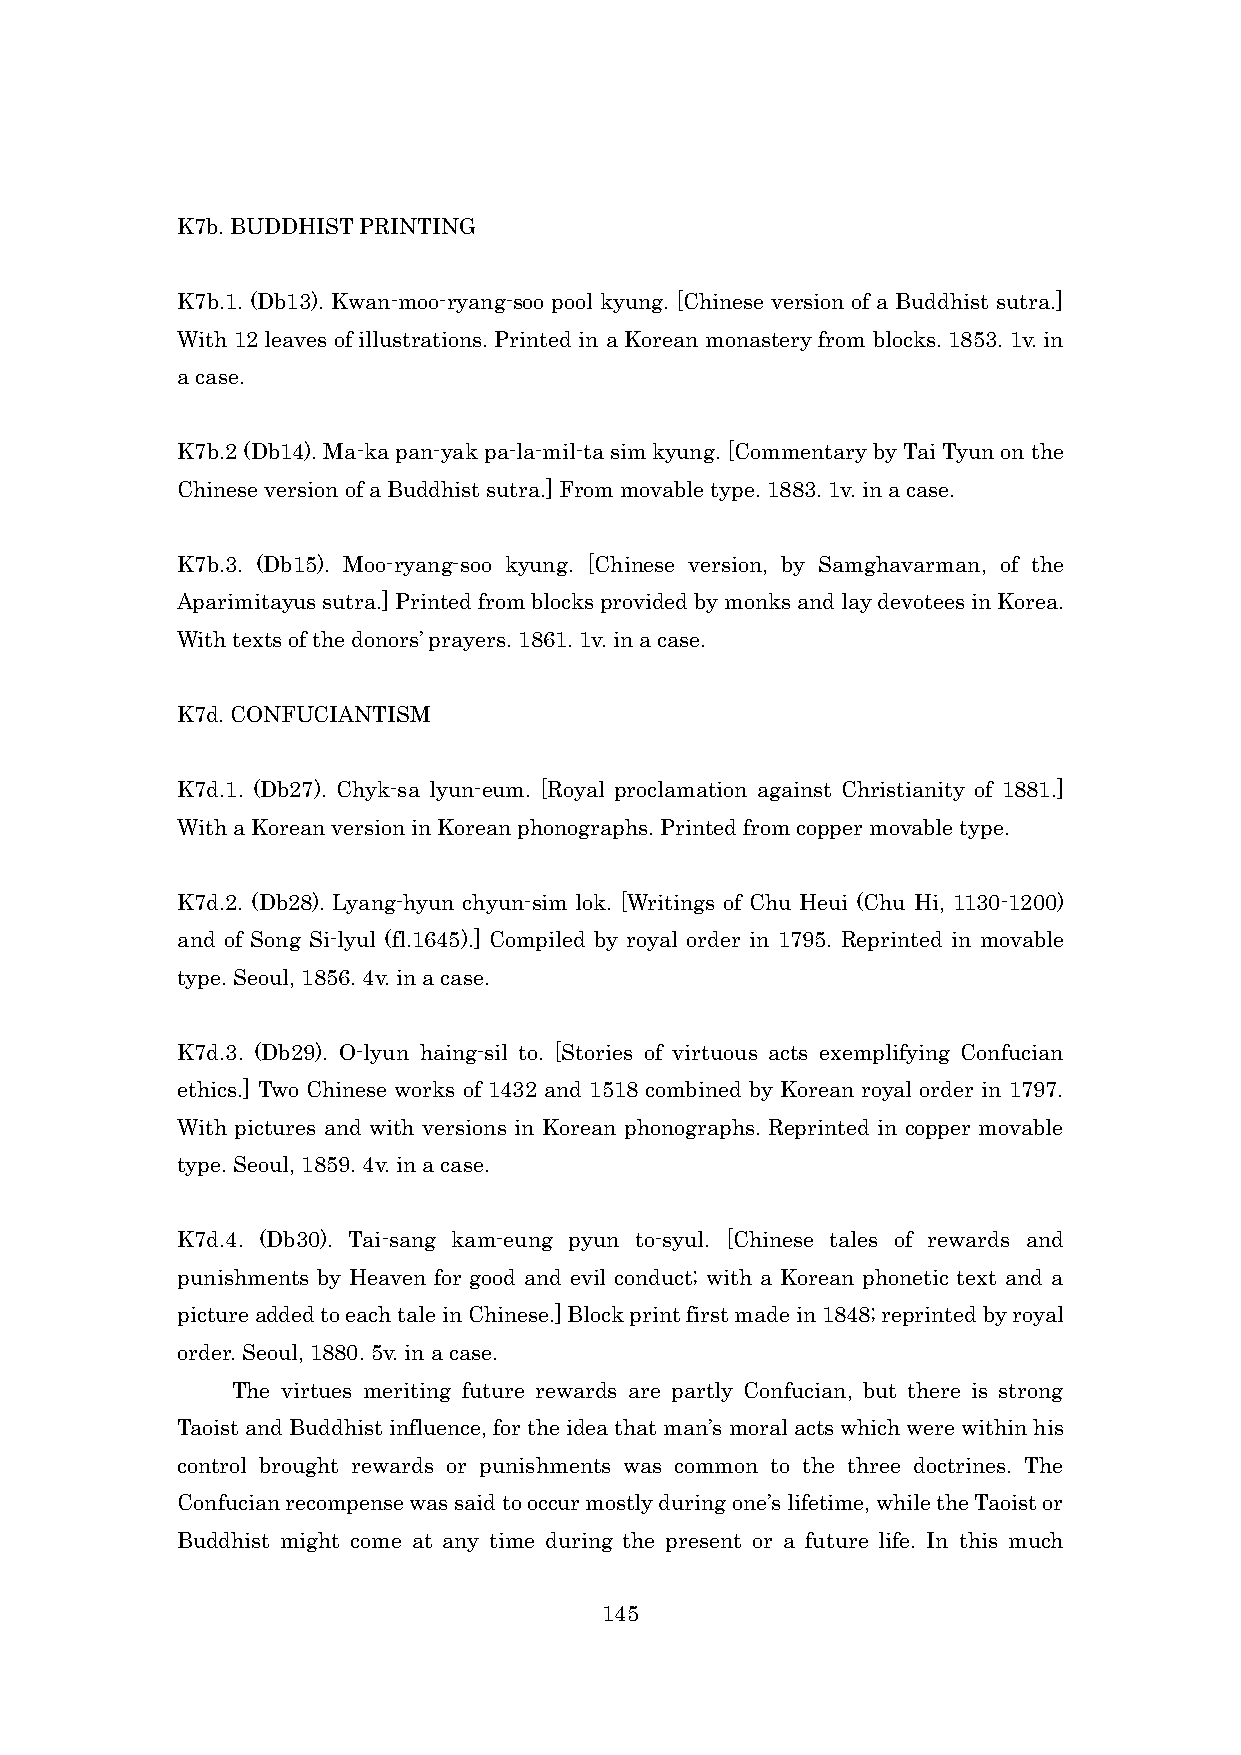
K7b. BUDDHIST PRINTING
 K7b.1. (Db13). Kwan-moo-ryang-soo pool kyung. [Chinese version of a Buddhist sutra.]
 With 12 leaves of illustrations. Printed in a Korean monastery from blocks. 1853. 1v. in
 a case.
 K7b.2 (Db14). Ma-ka pan-yak pa-la-mil-ta sim kyung. [Commentary by Tai Tyun on the
 Chinese version of a Buddhist sutra.] From movable type. 1883. 1v. in a case.
 K7b.3. (Db15). Moo-ryang-soo kyung. [Chinese version, by Samghavarman, of the
 Aparimitayus sutra.] Printed from blocks provided by monks and lay devotees in Korea.
 With texts of the donors’ prayers. 1861. 1v. in a case.
 K7d. CONFUCIANTISM
 K7d.1. (Db27). Chyk-sa lyun-eum. [Royal proclamation against Christianity of 1881.]
 With a Korean version in Korean phonographs. Printed from copper movable type.
 K7d.2. (Db28). Lyang-hyun chyun-sim lok. [Writings of Chu Heui (Chu Hi, 1130-1200)
 and of Song Si-lyul (fl.1645).] Compiled by royal order in 1795. Reprinted in movable
 type. Seoul, 1856. 4v. in a case.
 K7d.3. (Db29). O-lyun haing-sil to. [Stories of virtuous acts exemplifying Confucian
 ethics.] Two Chinese works of 1432 and 1518 combined by Korean royal order in 1797.
 With pictures and with versions in Korean phonographs. Reprinted in copper movable
 type. Seoul, 1859. 4v. in a case.
 K7d.4. (Db30). Tai-sang kam-eung pyun to-syul. [Chinese tales of rewards and
 punishments by Heaven for good and evil conduct; with a Korean phonetic text and a
 picture added to each tale in Chinese.] Block print first made in 1848; reprinted by royal
 order. Seoul, 1880. 5v. in a case.
 The virtues meriting future rewards are partly Confucian, but there is strong
 Taoist and Buddhist influence, for the idea that man’s moral acts which were within his
 control brought rewards or punishments was common to the three doctrines. The
 Confucian recompense was said to occur mostly during one’s lifetime, while the Taoist or
 Buddhist might come at any time during the present or a future life. In this much
 145